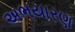
અભયારણ